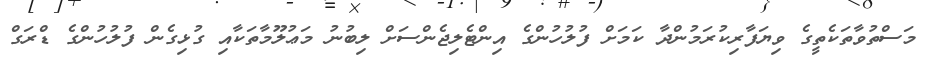
މަސްތުވާތަކެތީގެ ވިޔަފާރިކުރަމުންދާ ކަމަށް ފުލުހުންގެ އިންޓެލިޖެންސަށް ލިބުނު މަޢުލޫމާތަކާއި ގުޅިގެން ފުލުހުންގެ ޑްރަގް